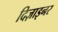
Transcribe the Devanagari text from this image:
दिज़ाइनर